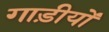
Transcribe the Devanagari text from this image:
गाड़ीयों